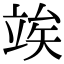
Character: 竢